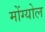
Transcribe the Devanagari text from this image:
मोंग्योल